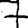
Digit: 7